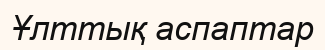
Ұлттық аспаптар